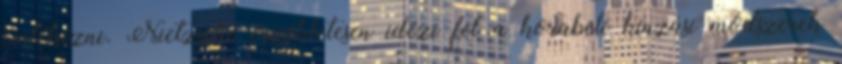
emlékezni. Nietzsche érzékletesen idézi fel a korabeli kínzási módszerek